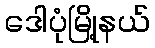
ဒေါပုံမြို့နယ်